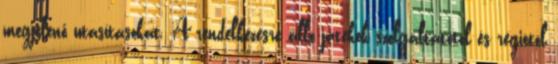
megjelenő utasításokat. A rendelkezésre álló játékok szolgáltatótól és régiótól